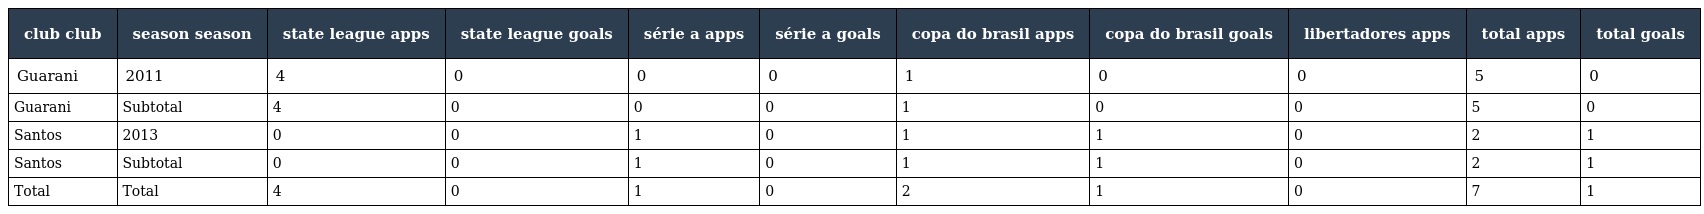
| club club | season season | state league apps | state league goals | série a apps | série a goals | copa do brasil apps | copa do brasil goals | libertadores apps | total apps | total goals |
 | --- | --- | --- | --- | --- | --- | --- | --- | --- | --- | --- |
 | Guarani | 2011 | 4 | 0 | 0 | 0 | 1 | 0 | 0 | 5 | 0 |
 | Guarani | Subtotal | 4 | 0 | 0 | 0 | 1 | 0 | 0 | 5 | 0 |
 | Santos | 2013 | 0 | 0 | 1 | 0 | 1 | 1 | 0 | 2 | 1 |
 | Santos | Subtotal | 0 | 0 | 1 | 0 | 1 | 1 | 0 | 2 | 1 |
 | Total | Total | 4 | 0 | 1 | 0 | 2 | 1 | 0 | 7 | 1 |